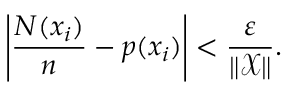
\left| { \frac { N ( x _ { i } ) } { n } } - p ( x _ { i } ) \right| < { \frac { \varepsilon } { \| { \mathcal { X } } \| } } .